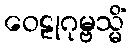
ဝေဠုဂုမ္ဗသ္မိံ